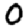
Digit: 0